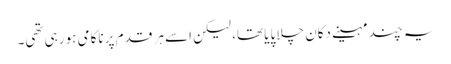
یہ چند مہینے دکان چلا پایا تھا، لیکن اسے ہر قدم پر ناکامی ہو رہی تھی۔